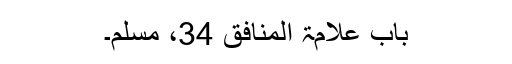
باب علامۃ المنافق 34، مسلم۔